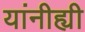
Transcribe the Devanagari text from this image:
यांनीह्यी